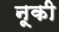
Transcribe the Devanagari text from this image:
नूकी